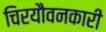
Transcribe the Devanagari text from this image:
चिरयौवनकारी